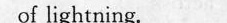
of ligatring.